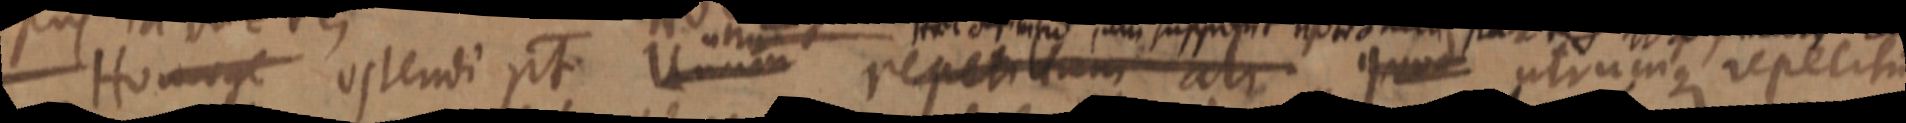
Homoge ostendi pt Unum repetitum ali quod utrumque repecita